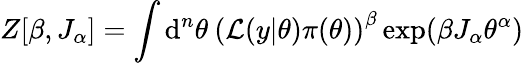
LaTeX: Z[\beta,J_{\alpha}]=\int\mathrm{d}^{n}\theta\: \left(\mathcal{L}(y|\theta)\pi(\theta)\right)^{\beta}\exp(\beta J_{\alpha}\theta^{\alpha})